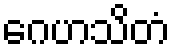
ဂေဟသိတံ